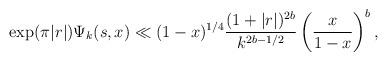
LaTeX: \begin{align*}\exp(\pi|r|)\Psi_k(s,x)\ll(1-x)^{1/4}\frac{(1+|r|)^{2b}}{k^{2b-1/2}}\left(\frac{x}{1-x}\right)^{b},\end{align*}